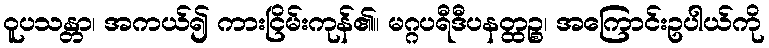
ဝူပသန္တာ၊ အကယ်၍ ကားငြိမ်းကုန်၏။ မဂ္ဂပရီဒီပနတ္ထဉ္စ၊ အကြောင်းဥပါယ်ကို